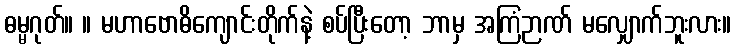
ဓမ္မဂုတ်။ ။ မဟာဗောဓိကျောင်းတိုက်နဲ့ စပ်ပြီးတော့ ဘာမှ အကြံဉာဏ် မလျှောက်ဘူးလား။